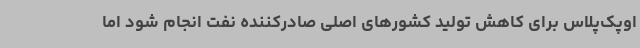
اوپک‌پلاس برای کاهش تولید کشورهای اصلی صادرکننده نفت انجام شود اما